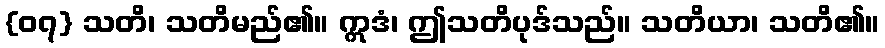
{၀၇} သတိ၊ သတိမည်၏။ ဣဒံ၊ ဤသတိပုဒ်သည်။ သတိယာ၊ သတိ၏။